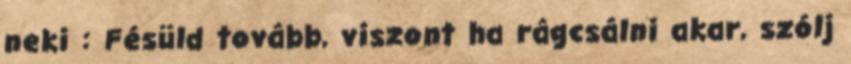
neki : Fésüld tovább, viszont ha rágcsálni akar, szólj